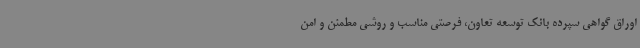
اوراق گواهی سپرده بانک توسعه تعاون، فرصتی مناسب و روشی مطمئن و امن